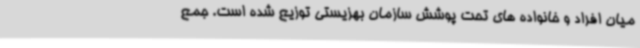
میان افراد و خانواده های تحت پوشش سازمان بهزیستی توزیع شده است. جمع